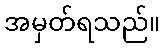
အမှတ်ရသည်။